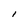
Character: l